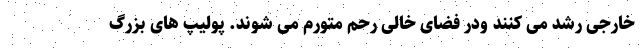
خارجی رشد می کنند ودر فضای خالی رحم متورم می شوند. پولیپ های بزرگ